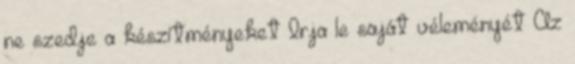
ne szedje a készítményeket Írja le saját véleményét Az